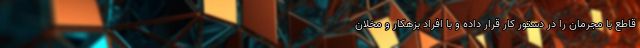
قاطع با مجرمان را در دستور کار قرار داده و با افراد بزهکار و مخلان